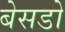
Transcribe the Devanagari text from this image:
बेसडो